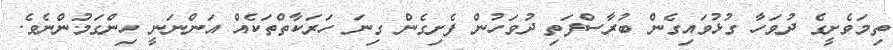
ތިމަވެށީގެ ދުވަހާ ގުޅުވައިގެން ބުރާސްފަތި ދުވަހުން ފެށިގެން ގިނަ ހަރަކާތްތަކެއް އަންނަނީ ހިންގަމުންނެވެ.